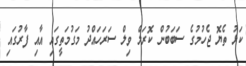
ކަޅު ތެޔޮ ޖެހުމުގެ ސަބަބުން ކޮރަލް ވިލް ސަރަހައްދު މަގުމަތީގައި އާއި ފާރުގައި